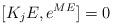
LaTeX: \begin{align*}[K_jE , e^{ME}] = 0\end{align*}